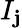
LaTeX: I_{\mathbf{j}}